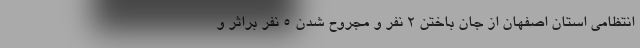
انتظامی استان اصفهان از جان باختن 2 نفر و مجروح شدن 5 نفر براثر و